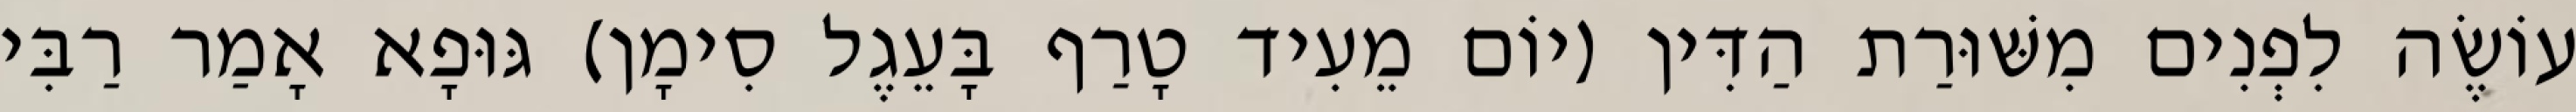
עוֹשֶׂה לִפְנִים מִשּׁוּרַת הַדִּין (יוֹם מֵעִיד טָרַף בָּעֵגֶל סִימָן) גּוּפָא אָמַר רַבִּי